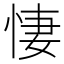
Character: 悽